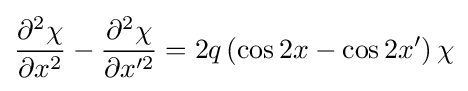
{\frac {\partial ^{2}\chi }{\partial x^{2}}}-{\frac {\partial ^{2}\chi }{\partial x'^{2}}}=2q\left(\cos 2x-\cos 2x'\right)\chi